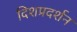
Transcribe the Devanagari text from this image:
दिशप्रदर्शन